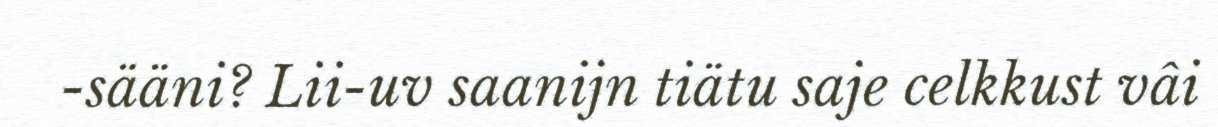
-sääni? Lii-uv saanijn tiätu saje celkkust vâi